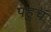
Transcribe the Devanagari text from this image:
पहुचं